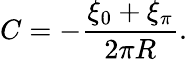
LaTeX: C=-{\frac{\xi_{0}+\xi_{\pi}}{2\pi R}}.